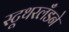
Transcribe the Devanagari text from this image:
स्टूथरलँडने